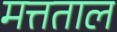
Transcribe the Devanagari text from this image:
मत्तताल